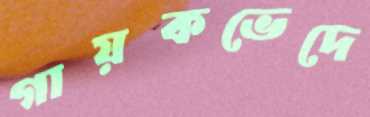
গায়কভেদে